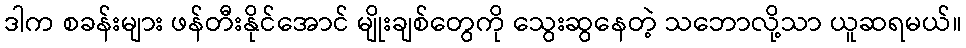
ဒါက စခန်းများ ဖန်တီးနိုင်အောင် မျိုးချစ်တွေကို သွေးဆွနေတဲ့ သဘောလို့သာ ယူဆရမယ်။